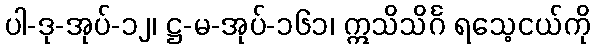
ပါ-ဒု-အုပ်-၁၂၊ ဋ္ဌ-မ-အုပ်-၁၆၁၊ ဣသိသိင်္ဂ ရသေ့ငယ်ကို